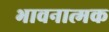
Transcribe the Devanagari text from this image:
भावनात्मक